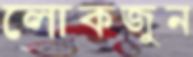
লোকজুন